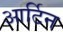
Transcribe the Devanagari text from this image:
आर्टिन